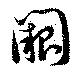
闕